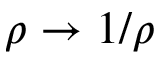
\rho \to 1 / \rho